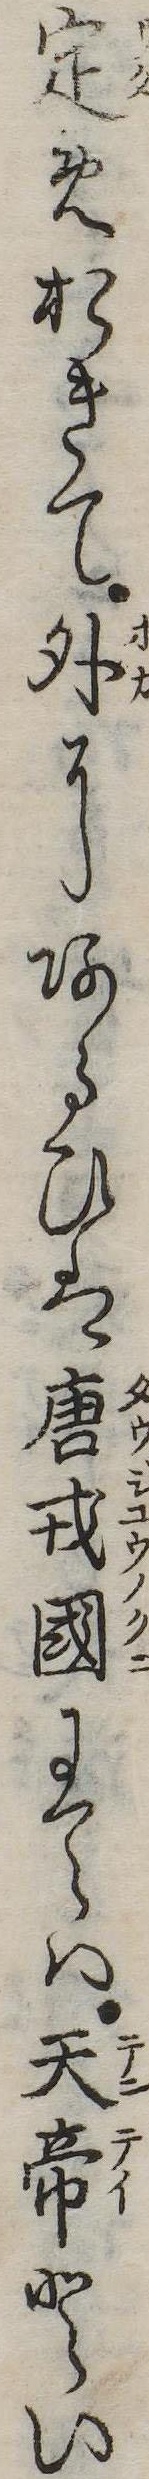
定めおきて外にあるひは唐戎国にては天帝とい